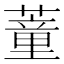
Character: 蕫